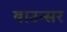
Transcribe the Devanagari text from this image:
बाउन्सर